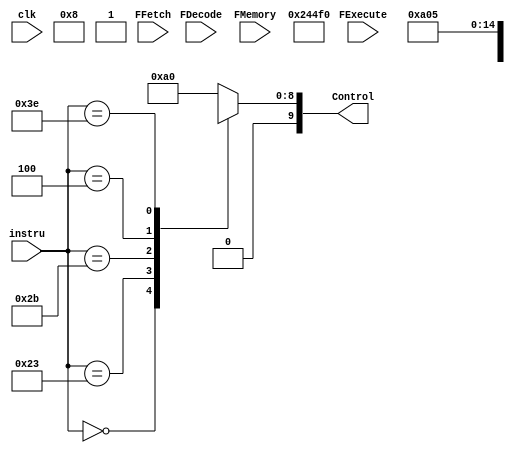
`timescale 1ns / 1ps
//////////////////////////////////////////////////////////////////////////////////
// Company: 
// Engineer: 
// 
// Design Name: 
// Module Name: control
// Project Name: 
// Target Devices: 
// Tool Versions: 
// Description: 
// 
// Dependencies: 
// 
// Revision:
// Revision 0.01 - File Created
// Additional Comments:
// 
//////////////////////////////////////////////////////////////////////////////////


module control(instru,clk,Control,FFetch,FDecode,FExecute,FMemory);//Saltoincond,RegDest,SaltoCond,LeerMem,MemaReg,ALUOp,EscrMem,FuenteALU,EscrReg);

input [5:0]instru;
input clk;
input FFetch;
input FDecode;
input FExecute;
input FMemory;

//output wire RegDest;
//output wire SaltoCond;
//output wire LeerMem;
//output wire MemaReg;
//output wire [1:0]ALUOp;
//output wire EscrMem;
//output wire FuenteALU;
//output wire EscrReg;
//output wire Saltoincond;

output reg [9:0] Control;

reg [9:0] aux;
wire [3:0] auxControl;

// control1 control(.aux(aux),
//                .clk(clk), 
//                .Control(Control)       
//                );



always @ (*)
begin 
    case(instru)
        6'b000_000: aux=10'b0100_100_010;
        6'b100_011: aux=10'b00_1111_0000;//lectura
        6'b101_011: aux=10'b0x1x001000;//carga
        6'b000_100: aux=10'b0x0x000101;
        6'b111_111: aux=10'b00_1010_0000;//not
        6'b111_110: aux=10'b00_0000_0101;//
        default:  aux=10'b00_1010_0000;        
    endcase

end

assign auxControl = {FFetch,FDecode,FExecute,FMemory};

always @(*)
begin
 if(auxControl == 4'b1111)
    Control = aux;
 else
    Control = aux;
    
end

//assign Saltoincond  = Control[9];
//assign RegDest      = Control[8];
//assign FuenteALU    = Control[7];//
//assign MemaReg      = Control[6];
//assign EscrReg      = Control[5];
//assign LeerMem      = Control[4];//
//assign EscrMem      = Control[3];
//assign SaltoCond    = Control[2];
//assign ALUOp        = Control[1:0];



endmodule